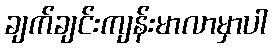
ချက်ချင်းကျန်းမာလာမှာပါ